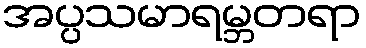
အပ္ပသမာရမ္ဘတရာ